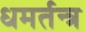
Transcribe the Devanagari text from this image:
धमर्तन्त्र